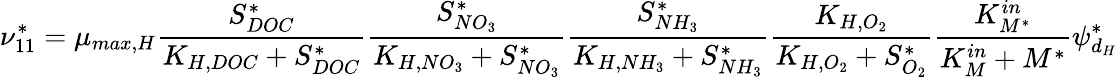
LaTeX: \nu_{11}^{*}=\mu_{max,H}\frac{S_{DOC}^{*}}{K_{H,DOC}+S_{DOC}^{*}}\frac{S_{NO_{3}}^{*}}{K_{H,NO_{3}}+S_{NO_{3}}^{*}}\frac{S_{NH_{3}}^{*}}{K_{H,NH_{3}}+S_{NH_{3}}^{*}}\frac{K_{H,O_{2}}}{K_{H,O_{2}}+S_{O_{2}}^{*}}\frac{K_{M^{*}}^{in}}{K_{M}^{in}+M^{*}}\psi_{d_{H}}^{*}